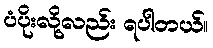
ပံပိုးလို့လည်း ရပါတယ်။